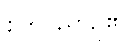
စိတ်ဝိညာဉ်၏